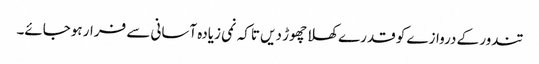
تندور کے دروازے کو قدرے کھلا چھوڑ دیں تاکہ نمی زیادہ آسانی سے فرار ہوجائے۔